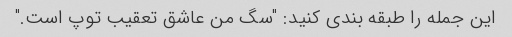
این جمله را طبقه بندی کنید: "سگ من عاشق تعقیب توپ است."